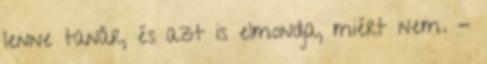
lenne tanár, és azt is elmondja, miért nem. -